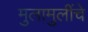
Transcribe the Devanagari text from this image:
मुलामुलींचे